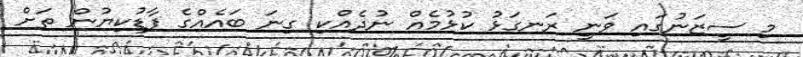
މި ސީޒަނުގައި ވަނީ ރަނގަޅު ކުޅުމެއް ނުދެއްކި ގިނަ ބައެއްގެ ފާޑުކިޔުން ތަށް